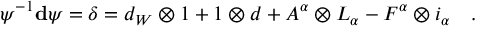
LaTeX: \psi ^ { - 1 } \mathbf { d } \psi = \delta = d _ { W } \otimes 1 + 1 \otimes d + A ^ { \alpha } \otimes L _ { \alpha } - F ^ { \alpha } \otimes i _ { \alpha } \quad .